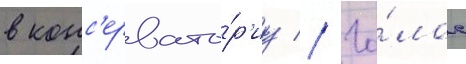
в конс'ервато́р'иу // Го́лос